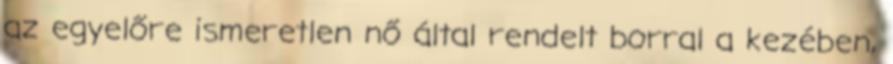
az egyelőre ismeretlen nő által rendelt borral a kezében,